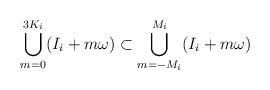
LaTeX: \begin{align*}\bigcup \limits_{m = 0}^{3K_i} (I_i + m\omega) \subset \bigcup \limits_{m = -M_i}^{M_i} (I_i + m\omega)\end{align*}